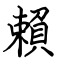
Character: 賴